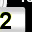
Digit: 2